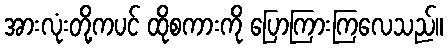
အားလုံးတို့ကပင် ထိုစကားကို ပြောကြားကြလေသည်။